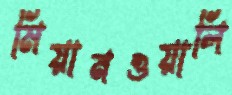
মিয়ানওয়ালি